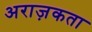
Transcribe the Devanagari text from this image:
अराज़कता